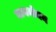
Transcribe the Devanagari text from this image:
मानमोचन